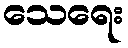
သေရေး